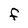
Character: f